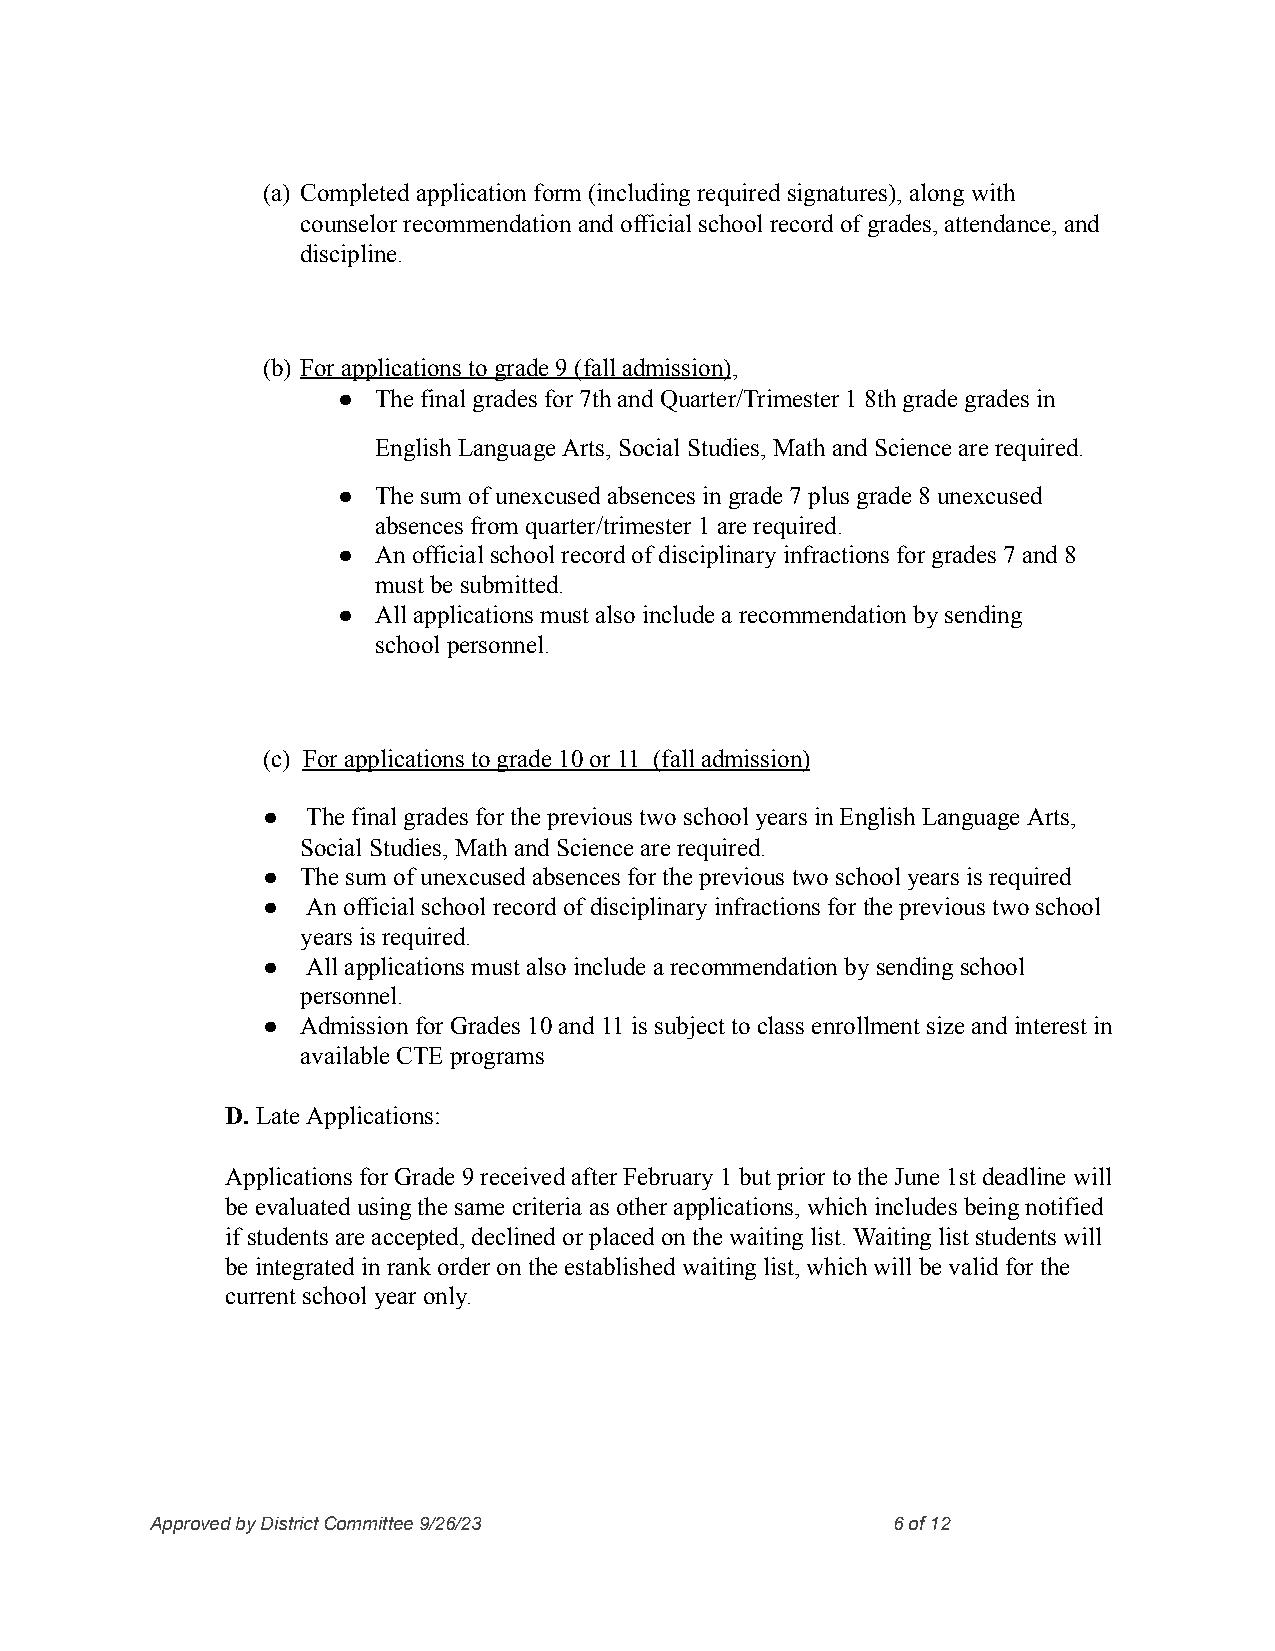
(a) Completed application form(includingrequired signatures), alongwith
 counselorrecommendationandofficialschool record ofgrades,attendance, and
 discipline.
 (b) For applicationsto grade9(falladmission),
 ●  Thefinalgrades for 7thandQuarter/Trimester18thgradegrades in
 English LanguageArts, Social Studies,Math andSciencearerequired.
 ●  Thesum ofunexcusedabsences ingrade7plusgrade8unexcused
 absences fromquarter/trimester 1arerequired.
 ●  An official school recordof disciplinaryinfractionsfor grades 7and8
 must besubmitted.
 ●  Allapplicationsmust also includearecommendation bysending
 school personnel.
 (c) Forapplications tograde10or11 (fall admission)
 ●  Thefinal grades for theprevioustwoschool yearsin EnglishLanguage Arts,
 Social Studies, Mathand Sciencearerequired.
 ●  Thesumof unexcusedabsences for theprevioustwoschool yearsis required
 ●  An official school recordof disciplinaryinfractionsfor the previoustwoschool
 years isrequired.
 ●  All applicationsmust also includearecommendation bysendingschool
 personnel.
 ●  Admissionfor Grades10and11is subjecttoclass enrollmentsizeandinterestin
 available CTE programs
 D. LateApplications:
 Applicationsfor Grade9received after February1butprior totheJune 1stdeadline will
 be evaluatedusingthe samecriteriaas otherapplications,whichincludesbeing notified
 if studentsareaccepted, declinedorplacedonthe waiting list.Waitinglist studentswill
 be integratedinrankorder ontheestablishedwaiting list,whichwill bevalid for the
 current schoolyear only.
 ApprovedbyDistrictCommittee9/26/23               6of12